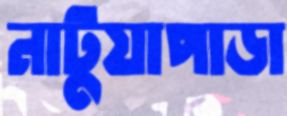
নাটুয়াপাড়া